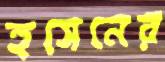
হুসেনের